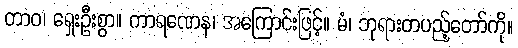
တာဝ၊ ရှေးဦးစွာ။ ကာရဏေန၊ အကြောင်းဖြင့်။ မံ၊ ဘုရားတပည့်တော်ကို။